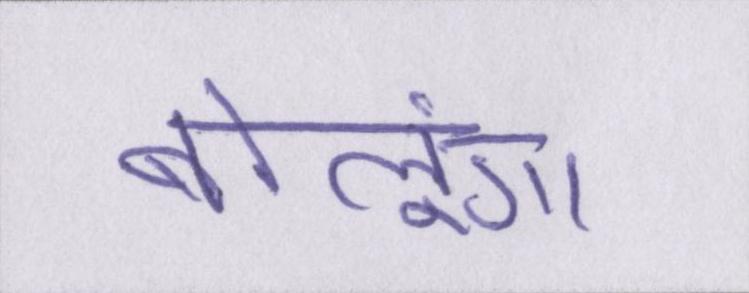
बोलूंगा